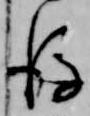
後